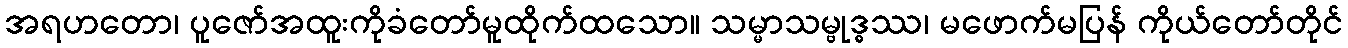
အရဟတော၊ ပူဇော်အထူးကိုခံတော်မူထိုက်ထသော။ သမ္မာသမ္ဗုဒ္ဓဿ၊ မဖောက်မပြန် ကိုယ်တော်တိုင်